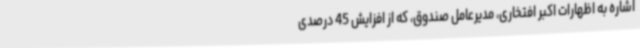
اشاره به اظهارات اکبر افتخاری، مدیرعامل صندوق، که از افزایش 45 درصدی